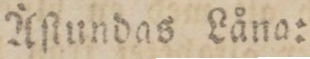
Äſtundas Låno: